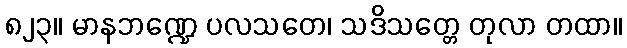
၈၂၃။ မာနဘဏ္ဍေ ပလသတေ၊ သဒိသတ္တေ တုလာ တထာ။